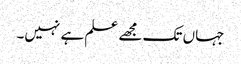
جہاں تک مجھے علم ہے نہیں۔